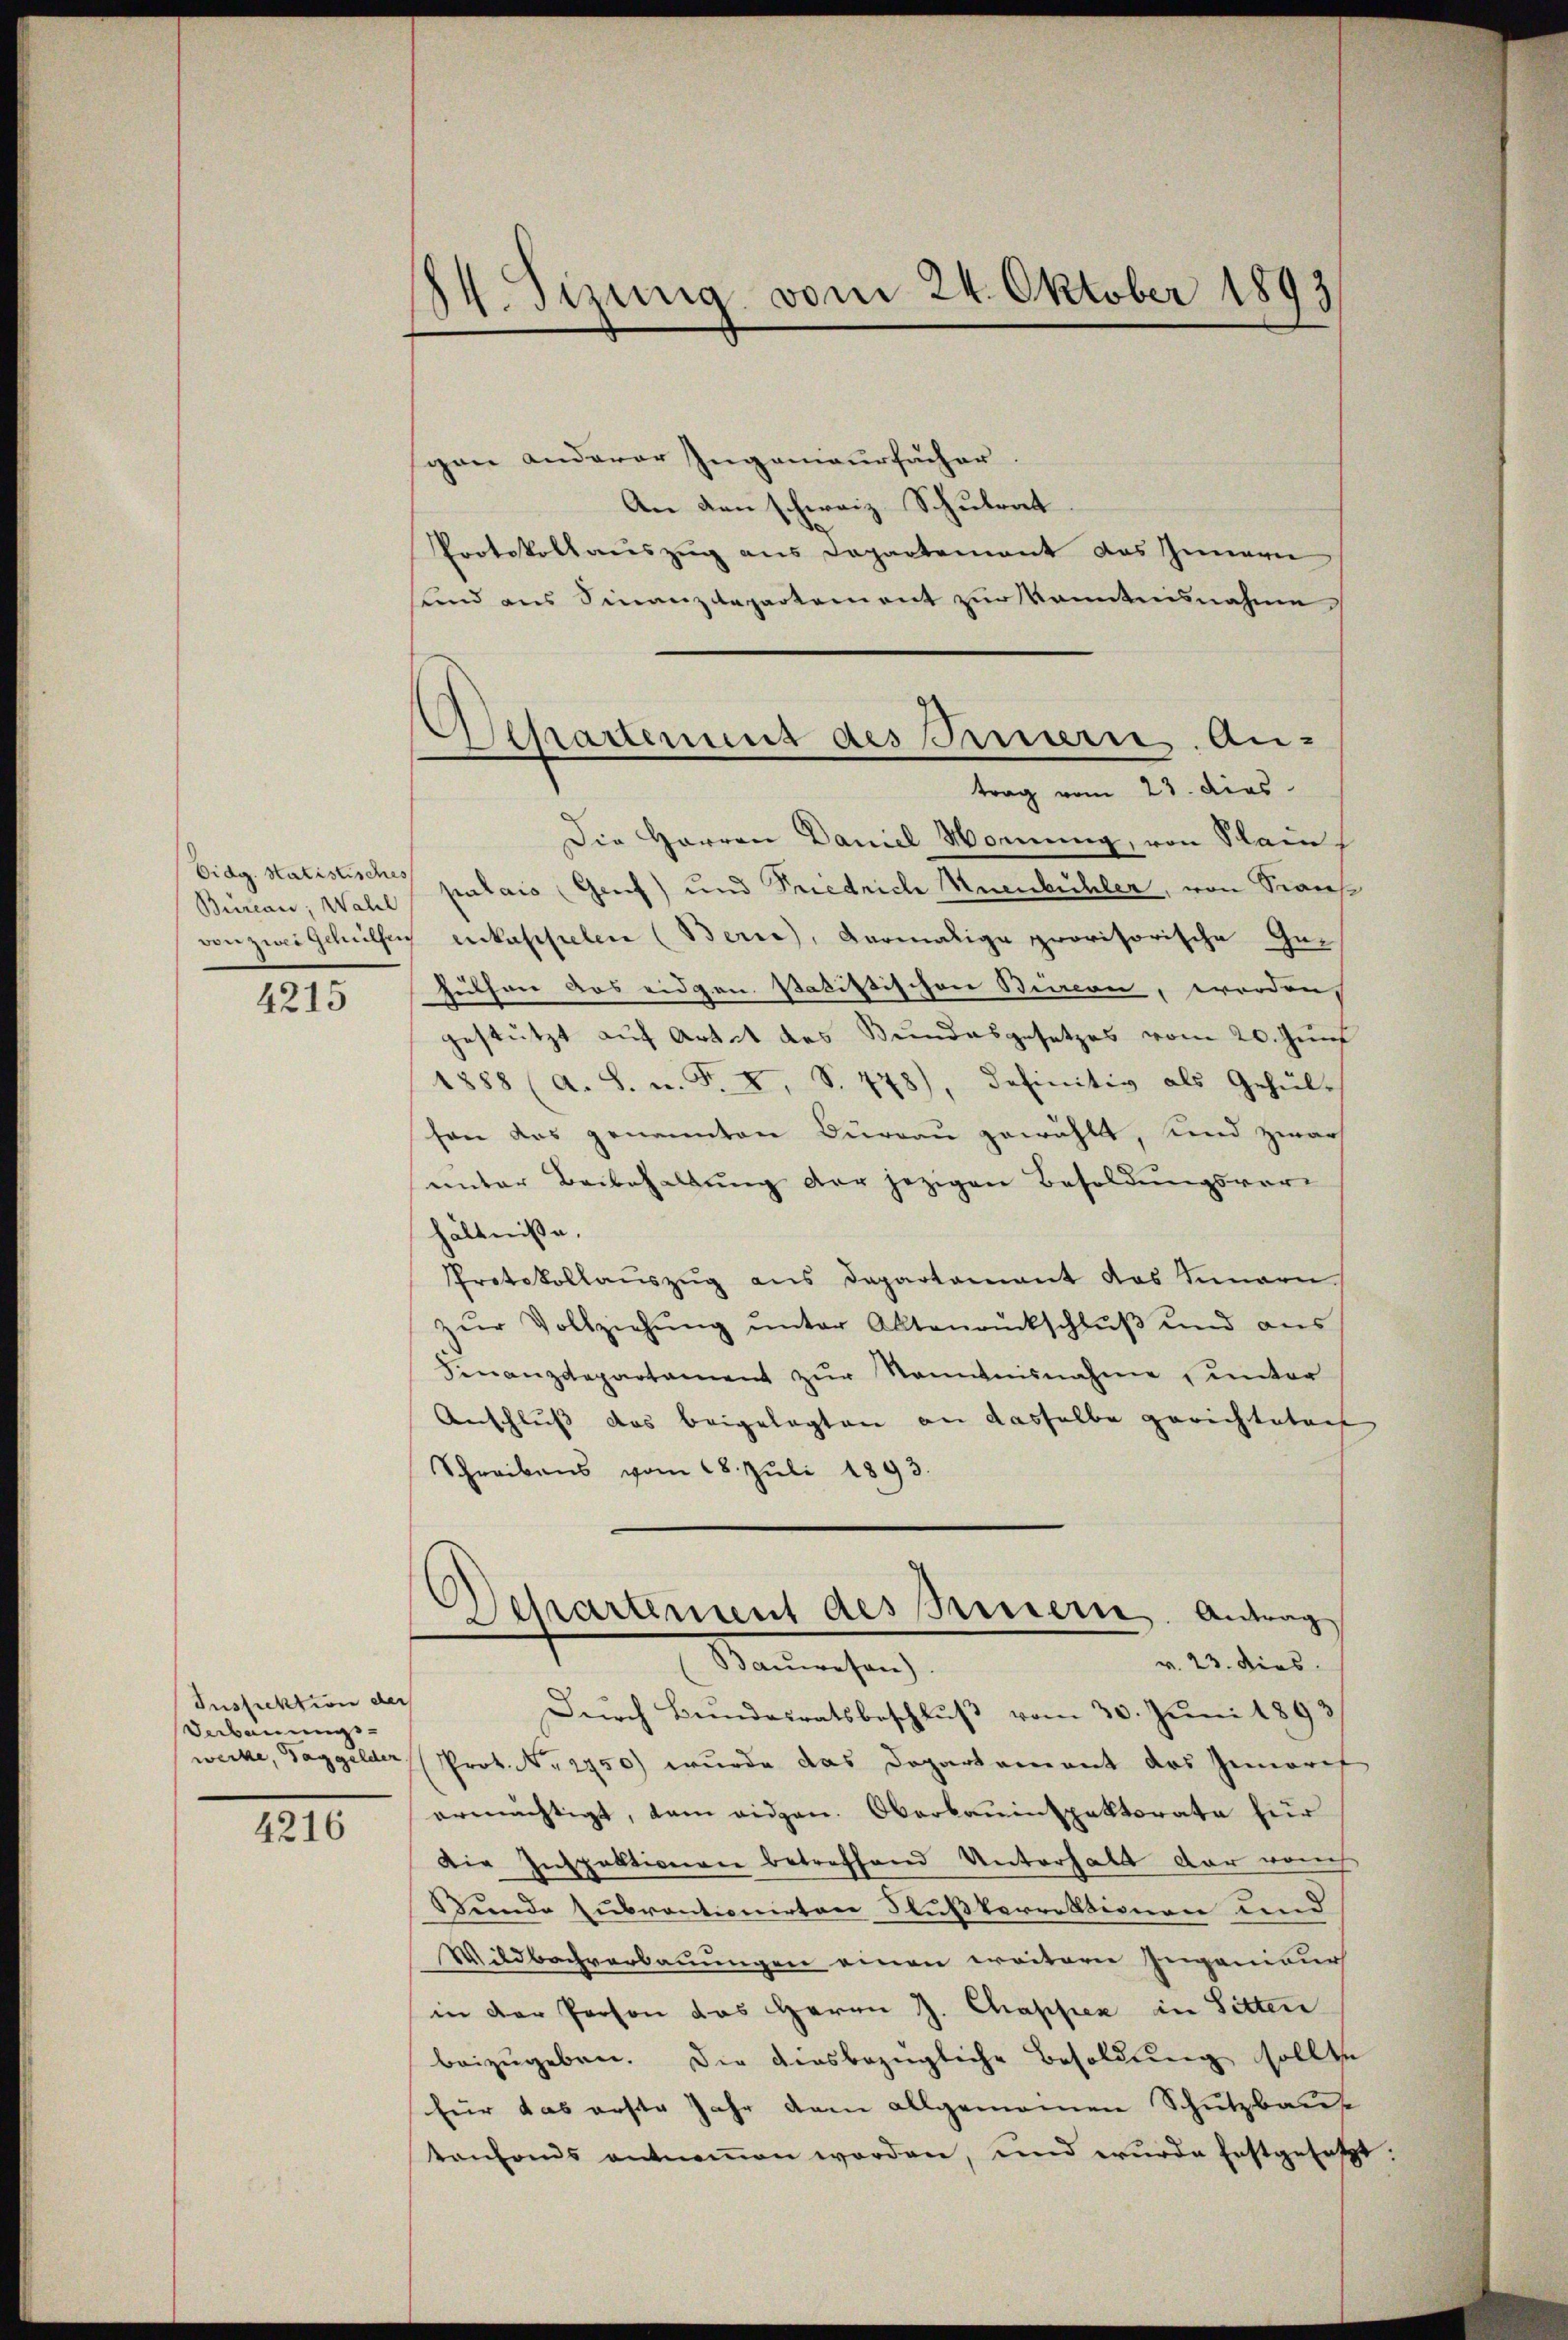
Bureau, Wahl
4215

Inspektion der
Verbauungs-

4216

14. Sizung vom 24. Oktober 1893

sgon anderer Ingenieursacher.
An den schweiz. Schulrat
PPortokollauszug aus Departement das Innern
sund aus Finanzdepartement zur Kenntnisnahme

Departement des Frauern. An-
trag vom 23. dies

Die Herren Daniel Monung, von Stain
Eidg. Statistisch palais (Grf) und Friedrich nenbühler, von Stanvon zwei Gehülfen erkapselen (Berne), dermalige provisorische Ge¬
Guthen das eidgen. Badistischen Bimon, worden
gestützt auf Artet des Bundesgesetzes vom 20. Zunf
1888 (a. S. n. F. I, S. 478), definitiv als Gehül-
son das genannten Büreau gewählt, Kind zwar
unter Beibehaltung der jezigen Besoldungsvorhältnisse.
Protokollaŭszŭg ans Departamant das Innern
zŭr Vollziehŭng ŭnter Altenrückschlŭβ und ans
Finanzdepartament zŭr Nenntnisnahme, unter
Anschluss das beigelegten an dasselbe gerichteten
Schreibens vom 18. Jŭli 1893.

Departement des Kindern. Antrag
v. 23. dies
Bauwesen).

Dŭrch Bŭndesratsbeschlŭβ vom 30. Jŭni 1893
wecke, Taggelder, Prot. N. 2750) wurde das Departement das Inneref
ermächtigt, dam eidgen. Oberbauinspektorata für
Die Inspektionen betreffend Unterhalt dar varech
Bunde subventionirten Flußkorrektionen und
Wildbachverbauungen einen weitern Ingenieur
in der Person das Herrn J. Chappen in Sitten
beizugeben. Die diesbezügliche Besoldung sollte
für das erste Jahr dem allgemeinen Schutzbaue
tenfonds entnoṁen worden, und wurde Erstgesetzt.